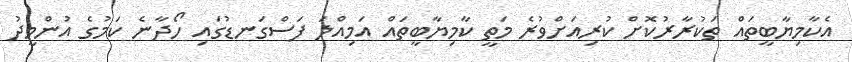
އެކާމިޔާބީތައް ތަކުރާރުކޮށް ކުރިއަށްވުރެ މަތީ ކާމިޔާބީތައް އަމިއްލަ ފަސްގަނޑުގައި ހޯދާނެ ކަމުގެ އުންމީދު